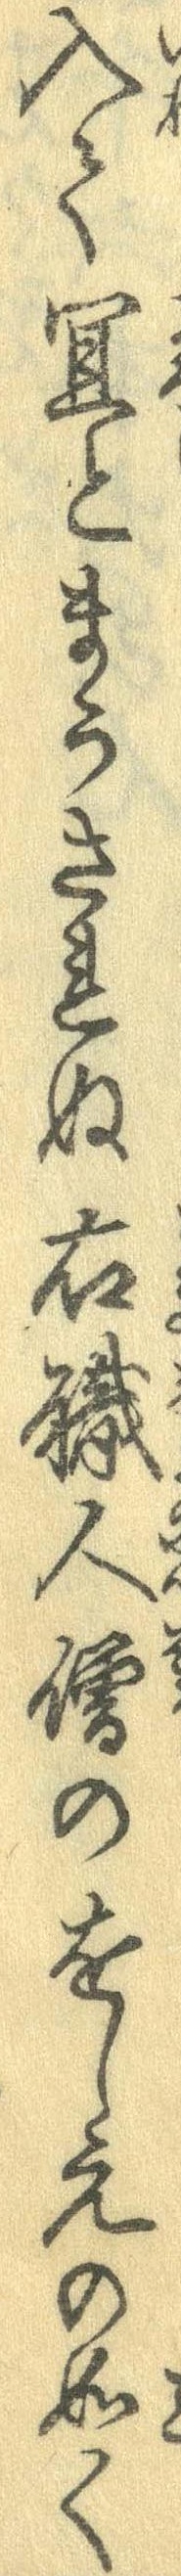
入て宜とまうされぬ右職人僧のをしえの如く